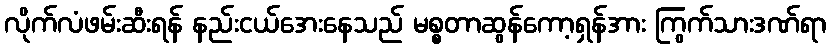
လိုက်လံဖမ်းဆီးရန် နည်းငယ်အေးနေသည် မစ္စတာဆွန်ကော့ရှန်အား ကြွက်သားဒဏ်ရာ